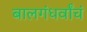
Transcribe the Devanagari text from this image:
बालगंधर्वांचं